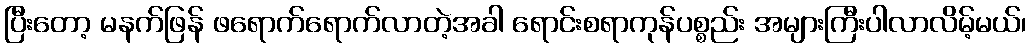
ပြီးတော့ မနက်ဖြန် ဖရောက်ရောက်လာတဲ့အခါ ရောင်းစရာကုန်ပစ္စည်း အများကြီးပါလာလိမ့်မယ်၊